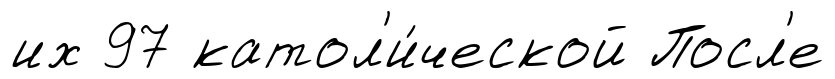
их 97 катол'и́ческой Посл'е